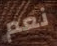
نعم